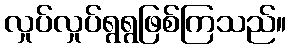
လှုပ်လှုပ်ရွရွဖြစ်ကြသည်။